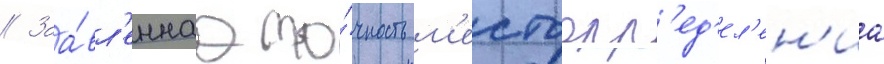
// Заа́вл'еннаа то́чность м'естоопр'ед'ел'ен'иа